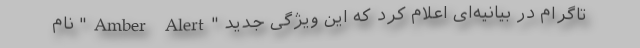
تاگرام در بیانیه‌ای اعلام کرد که این ویژگی جدید "Amber Alert" نام